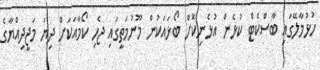
ހުޅުމާލޭގައި ބާސްކެޓް ކުޅެން އުޅެނިކޮށް ބޯޅައަކުން މޫނުމަތީގައި ޖެހި ކޯމާއަކަށް ދިޔަ މަޖީދިއްޔާގެ